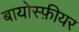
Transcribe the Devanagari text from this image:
बायोस्फ़ीयर